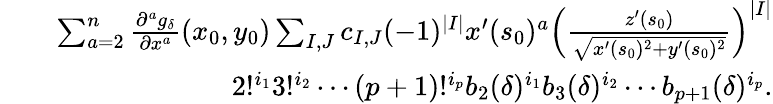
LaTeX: \begin{array}{rlr}&{}&{\sum_{a=2}^{n}\frac{\partial^{a}g_{\delta}}{\partial x^{a}}(x_{0},y_{0})\sum_{I,J}c_{I,J}(-1)^{|I|}x^{\prime}(s_{0})^{a}\left(\frac{z^{\prime}(s_{0})}{\sqrt{x^{\prime}(s_{0})^{2}+y^{\prime}(s_{0})^{2}}}\right)^{|I|}}\\ &{}&{2!^{i_{1}}3!^{i_{2}}\cdots(p+1)!^{i_{p}}b_{2}(\delta)^{i_{1}}b_{3}(\delta)^{i_{2}}\cdots b_{p+1}(\delta)^{i_{p}}.}\end{array}